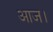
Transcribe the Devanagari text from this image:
आज।